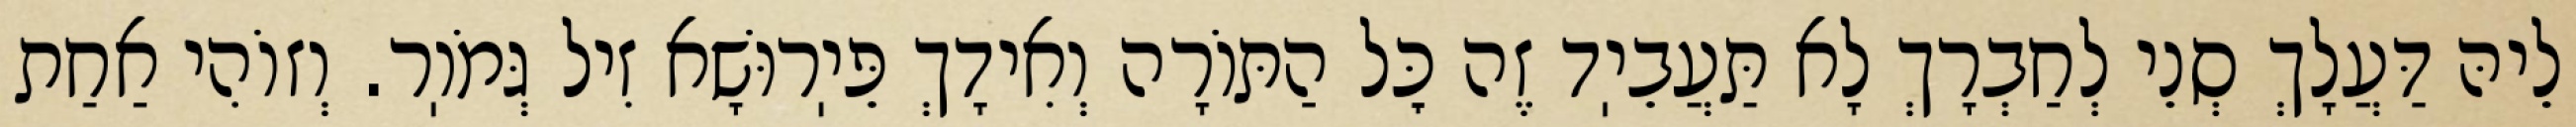
לֵיהּ דַּעֲלָךְ סְנֵי לְחַבְרָךְ לָא תַּעֲבֵיֽד זֶה כׇּל הַתּוֹרָה וְאִידָךְ פֵּיֽרוּשָׁא זִיל גְּמֹוֽר. וְזוֹהִי אַחַת